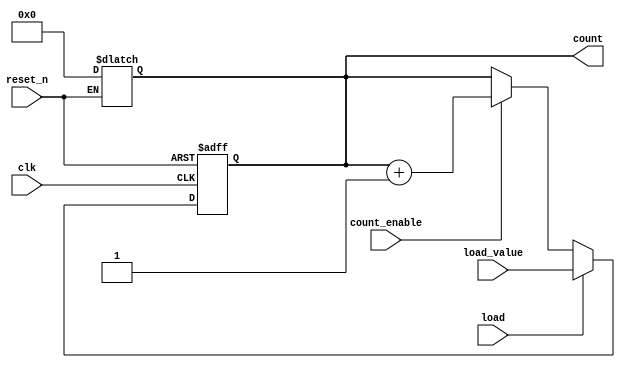
module async_load_counter (
    input  wire        clk,          // Clock signal
    input  wire        reset_n,      // Active-low asynchronous reset
    input  wire        load,         // Load signal
    input  wire        count_enable,  // Count enable signal
    input  wire [7:0] load_value,    // Load input value (adjust width as needed)
    output reg  [7:0] count          // Counter output (adjust width as needed)
);

// Asynchronous reset
always @(*) begin
    if (!reset_n)
        count = 8'b0; // Reset the counter to zero
end
 
// Asynchronous load and counting
always @(posedge clk or negedge reset_n) begin
    if (!reset_n) begin
        count <= 8'b0; // Reset the counter to zero
    end else if (load) begin
        count <= load_value; // Load the value into the counter
    end else if (count_enable) begin
        count <= count + 1; // Increment the counter on clock edge
    end
end

endmodule